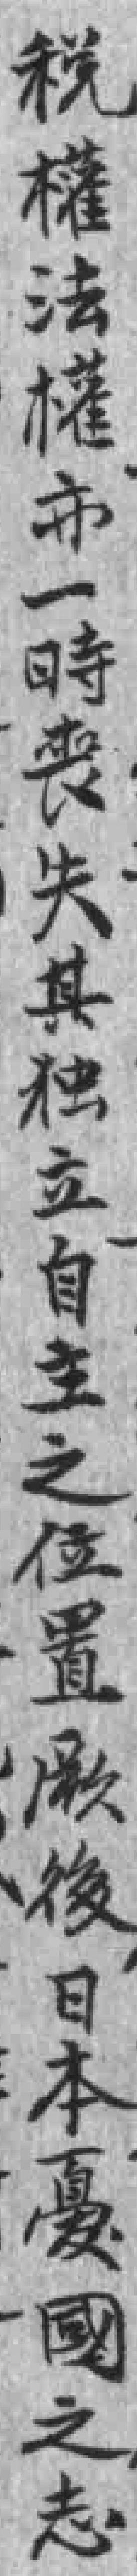
税權法權市一時丧失其独立自主之位置厥後日本*國之志